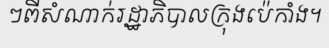
ៗពីសំណាក់រដ្ឋាភិបាលក្រុងប៉េកាំង។